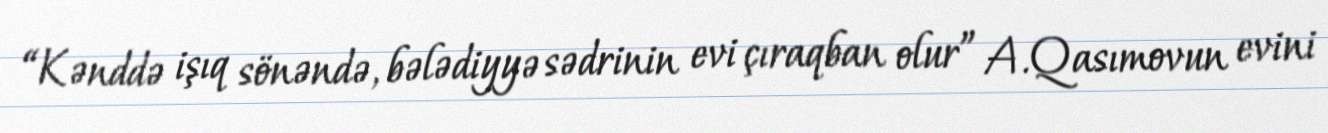
“Kənddə işıq sönəndə, bələdiyyə sədrinin evi çıraqban olur” A.Qasımovun evini